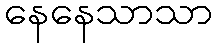
နေနေသာသာ